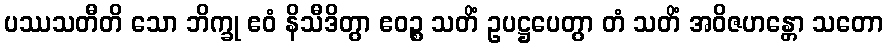
ပဿသတီတိ သော ဘိက္ခု ဧဝံ နိသီဒိတွာ ဧဝဉ္စ သတိံ ဥပဋ္ဌပေတွာ တံ သတိံ အဝိဇဟန္တော သတော